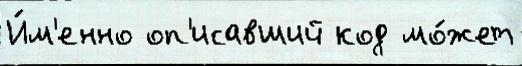
И́м'енно оп'исавший код мо́жет